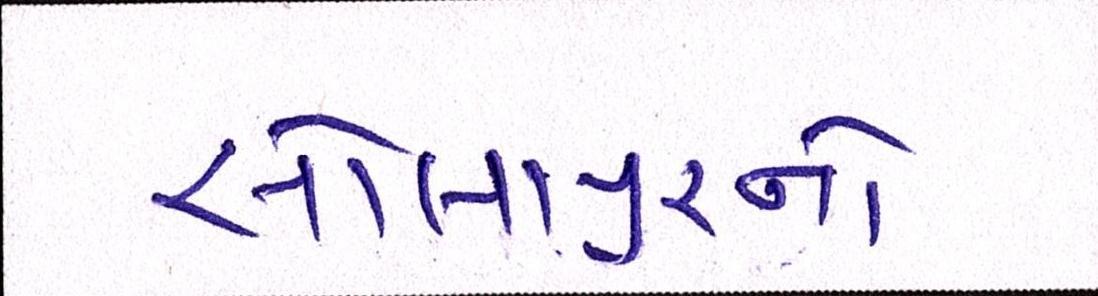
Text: સોલાપુરનો